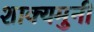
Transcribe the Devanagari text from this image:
शाक्यमुनी